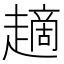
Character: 𧽦